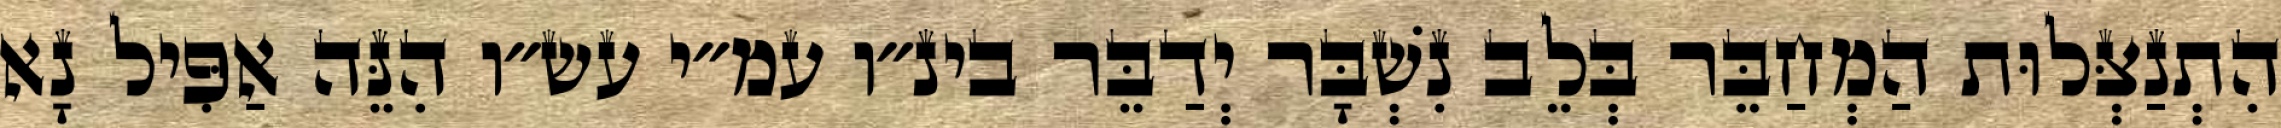
הִתְנַצְּלוּת הַמְחַבֵּר בְּלֵב נִשְׁבָּר יְדַבֵּר בינ״ו עמ״י עש״ו הִנֵּה אַפִּיל נָא